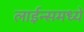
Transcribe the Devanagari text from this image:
लाईन्समध्ये